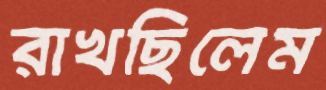
রাখছিলেম